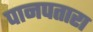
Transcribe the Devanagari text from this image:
पानपतारा